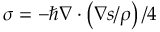
\boldsymbol { \sigma } = - \hbar \boldsymbol { \nabla } \cdot \left( \boldsymbol { \nabla } \boldsymbol { s } / \rho \right) / 4